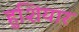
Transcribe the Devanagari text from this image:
हुशियार